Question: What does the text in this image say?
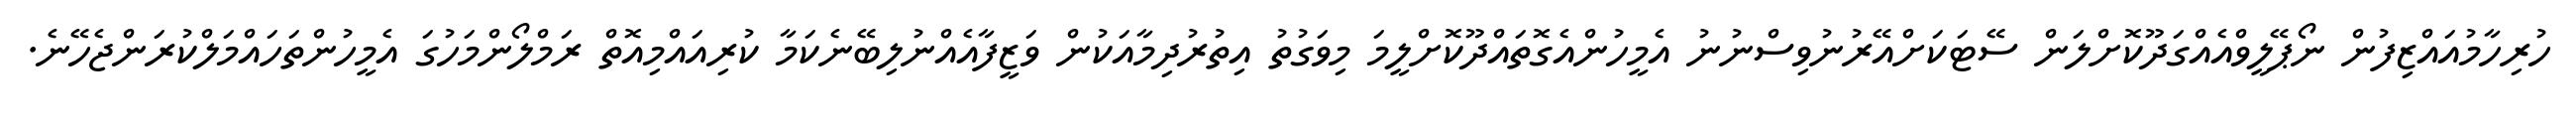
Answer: ހުރިހާމުއައްޒިފުން ނޯޕޭލީވްއެއްގަދޫކޮށްލަން ސޭޓަކަށްއޭރުނުވިސްނުނު އެމީހުންއެގޮތައްދޫކޮށްލީމަ މިވަގުތު އިތުރުދިމާއަކުން ވަޒީފާއެއްނުލިބޭނެކަމާ ކުރިއައްމިއޮތް ރަމްލޯންމަހުގަ އެމީހުންތަހައްމަލްކުރަންޖެހޭނެ.